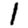
Digit: 1